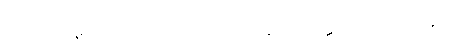
ဝါ၊ ဖြင့်မူလည်း။ ဇေတုံ၊ ငှါ။ န သက္ကာ၊ ကောင်း။]